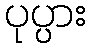
ပုပ္ပား